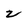
Character: 2